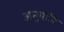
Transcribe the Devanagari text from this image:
अनुयायि